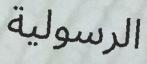
الرسولية